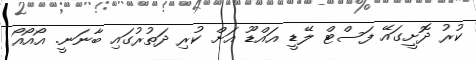
ކުރު ދޮށީގައޭ ފަސްޓް ލޭޑީ އައްޑޫ އަށް ކުރި ދަތުރުގައި ބާނަނީ. އޯއޯއޯ